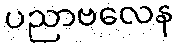
ပညာဗလေန